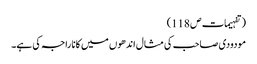
( تفہیمات ص 118)
مودودی صاحب کی مثال اندھوں میں کانا راجہ کی ہے۔